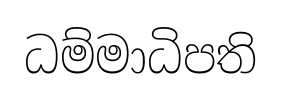
ධම්මාධිපති